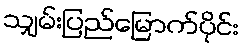
သျှမ်းပြည်မြောက်ပိုင်း